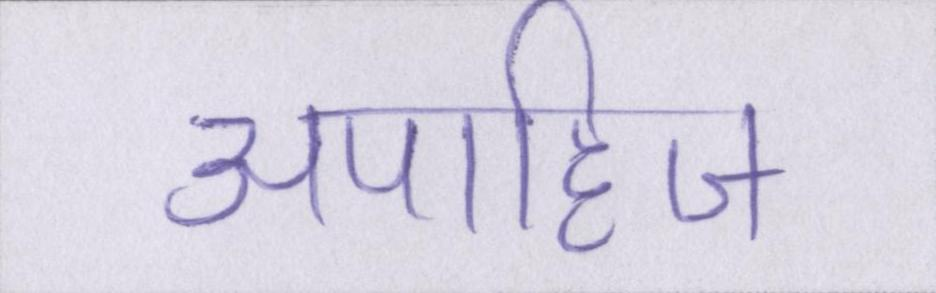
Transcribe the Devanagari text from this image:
अपाहिज